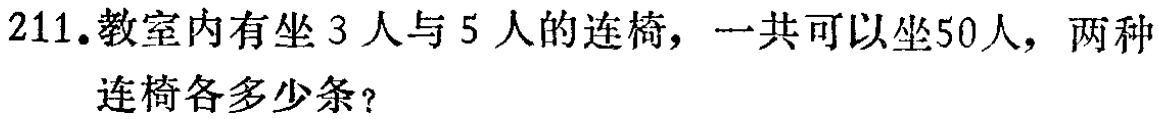
211.教室内有坐3人与5人的连椅，一共可以坐50人，两种

连椅各多少条？